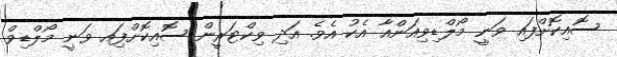
ސޮއިކޮށްފައި ވަނީ މޯލްޑިވިއަންއާ އެކު އެވެ. އަދި ވިކްޓަރީން ސޮއިކޮށްފަިއ ވަނީ މޯލްޑިވް